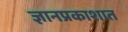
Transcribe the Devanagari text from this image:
ज्ञानप्रकाशात